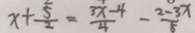
x + \frac { 5 } { 2 } = \frac { 3 x - 4 } { 4 } - \frac { 2 - 3 x } { 5 }